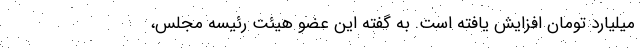
میلیارد تومان افزایش یافته است. به گفته این عضو هیئت رئیسه مجلس،